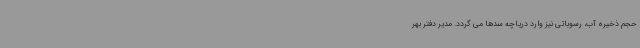
حجم ذخیره آب، رسوباتی نیز وارد دریاچه سدها می گردد. مدیر دفتر بهر